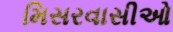
મિસરવાસીઓ